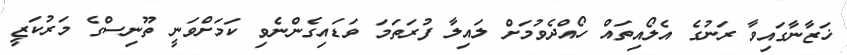
ޚަޒާނާގައިވާ ރަނުގެ އެލޯއިތައް ހޯއްދެވުމަށް ލައިލާ ފުރަތަމަ ވަޑައިގެންނެވި ކަމަށްވަނީ ތޫނިސްގެ މަރުކަޒީ